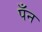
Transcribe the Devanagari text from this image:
पँन